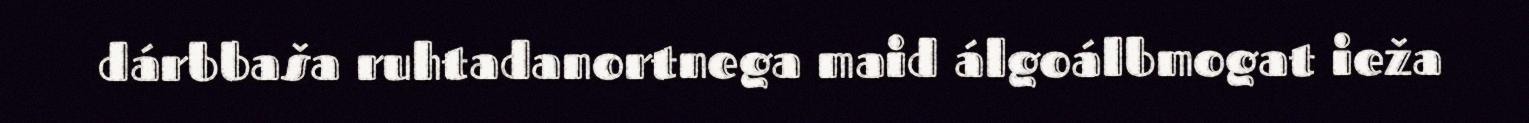
dárbbaša ruhtadanortnega maid álgoálbmogat ieža